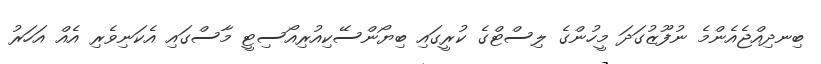
ބިނދިއްޖެއެންމެ ނުފޫޒުގަދަ މީހުންގެ ލިސްޓްގެ ކުރީގައި ބިޔޯންސޭކިއުރިއޯސިޓީ މާސްގައި އެކަނިވެރި އެއް އަހަރު